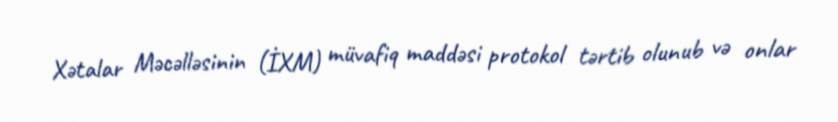
Xətalar Məcəlləsinin (İXM) müvafiq maddəsi protokol tərtib olunub və onlar